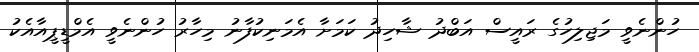
ހުންނެވީ މަޖިލިހުގެ ރައީސް އަބްދު ޝާހިދު ކަމަށާ އެމަނިކުފާނު މިހާރު ހުންނެވީ އެމްޑީޕީއާއެކު